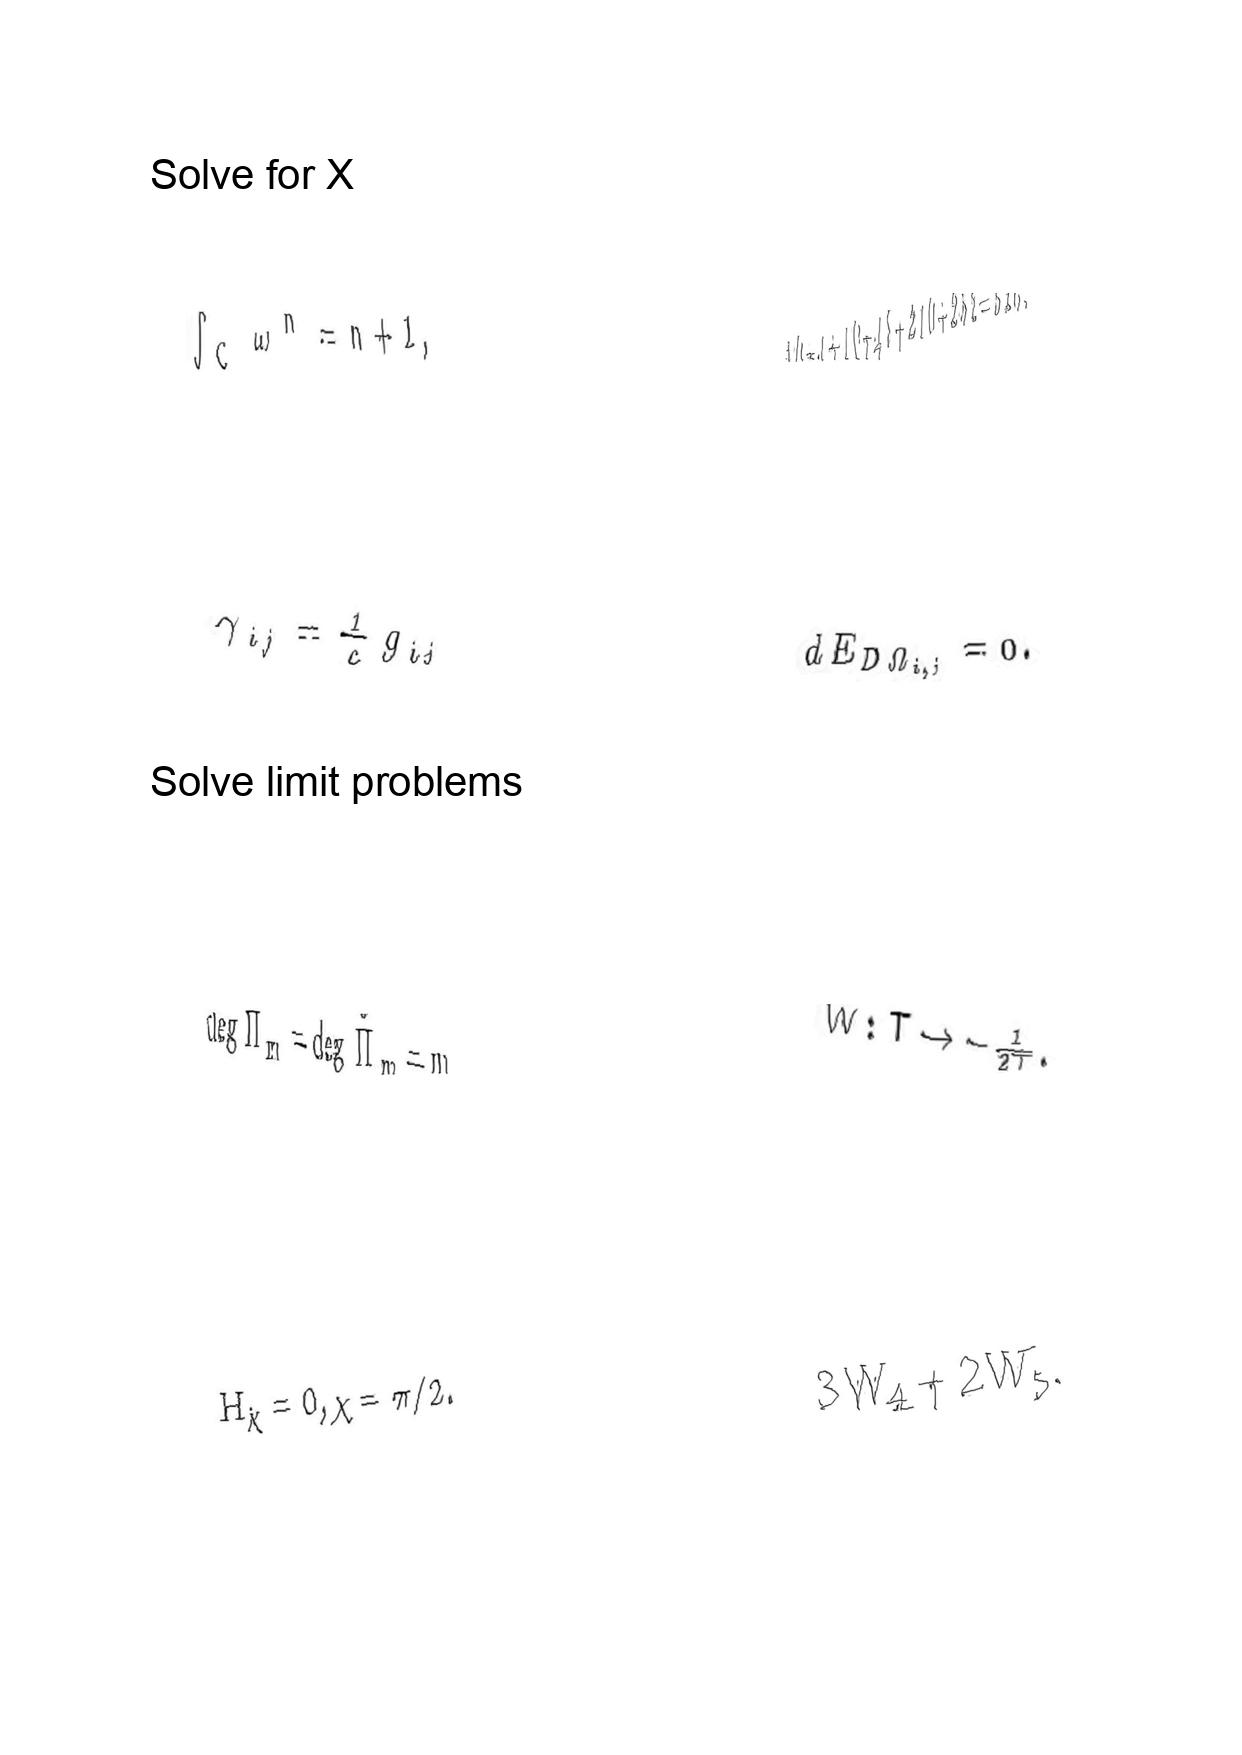
LaTeX transcription:
\int _ { C } \omega ^ { n } = n + 1 ,
\gamma _ { i j } = \frac { 1 } { c } g _ { i j }
\deg \Pi _ { m } = \deg \tilde { \Pi } _ { m } = m
H _ { \hat { \chi } } = 0 , \chi = \pi / 2 .
1 0 + 1 + 1 0 + 4 5 + 2 1 0 + 2 5 2 = 5 2 8 .
d E _ { D \Omega _ { i , j } } = 0 .
W : T \rightarrow - \frac { 1 } { 2 T } .
3 W _ { 4 } + 2 W _ { 5 } .